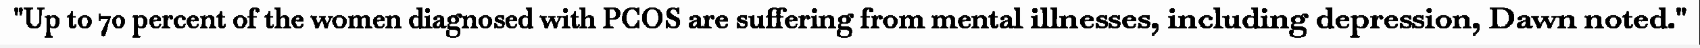
"Up to 70 percent of the women diagnosed with PCOS are suffering from mental illnesses, including depression, Dawn noted."